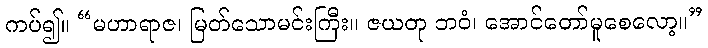
ကပ်၍။ “မဟာရာဇ၊ မြတ်သောမင်းကြီး။ ဇယတု ဘဝံ၊ အောင်တော်မူစေလော့။”